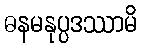
ဓနမနုပ္ပဒဿာမိ